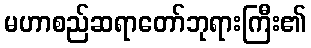
မဟာစည်ဆရာတော်ဘုရားကြီး၏